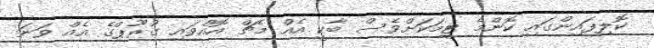
ކޮލިފައިންގައި ކޮންމެ ޓީމަކަށްވެސް ބާކީ އެއް މެޗް އޮއްވައި ގުރޫޕްގެ އެއް ވަނަ